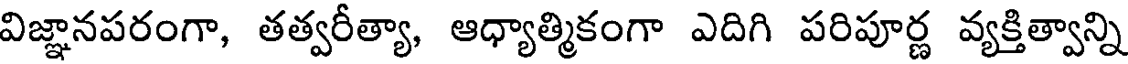
విజ్ఞానపరంగా, తత్వరీత్యా, ఆధ్యాత్మికంగా ఎదిగి పరిపూర్ణ వ్యక్తిత్వాన్ని